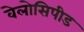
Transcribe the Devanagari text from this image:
वेलोसिपीड